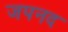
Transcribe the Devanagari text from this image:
जपनद